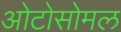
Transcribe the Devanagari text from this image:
ओटोसोमल